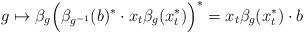
LaTeX: \begin{align*}g\mapsto \beta_g\Big( \beta_{g^{-1}}(b)^*\cdot x_t \beta_g(x_t^*) \Big)^* = x_t\beta_g(x_t^*)\cdot b\end{align*}